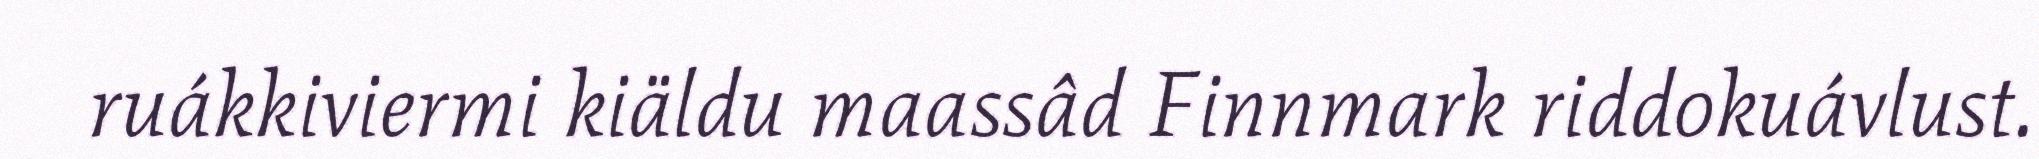
ruákkiviermi kiäldu maassâd Finnmark riddokuávlust.